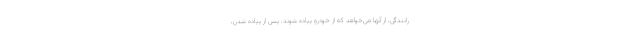
رانندگی، از آنها می‌خواهد که از خودرو پیاده شوند. پس از پیاده شدن،